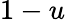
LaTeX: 1-u